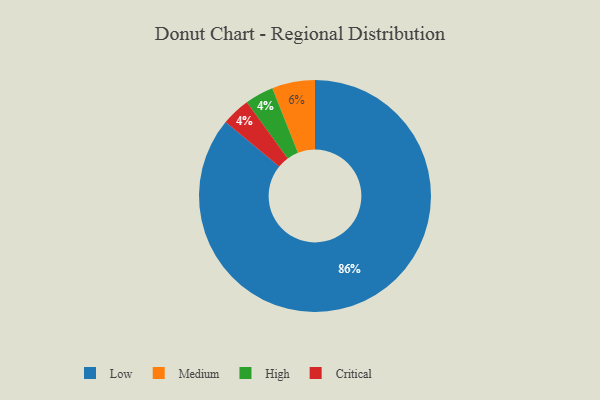
{"axis": {"x": "Category", "y": "Percentage"}, "legend": ["Critical", "High", "Low", "Medium"], "data": [{"x": "High", "y": 4, "type": "High"}, {"x": "Medium", "y": 6, "type": "Medium"}, {"x": "Low", "y": 86, "type": "Low"}, {"x": "Critical", "y": 4, "type": "Critical"}]}